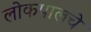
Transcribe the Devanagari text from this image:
लोकपालचे